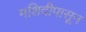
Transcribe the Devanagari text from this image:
मशिदीपासून